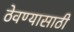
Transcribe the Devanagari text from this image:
ठेवण्‍यासाठी